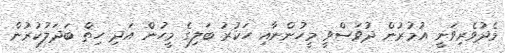
މެދުވެރިވަނީ އުމުރުން ދުވަސްވީ މީހުންނާއި ހަކުރު ބަލިގެ މީހުން އަދި ހިތް ބަދަލުކުރުން